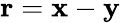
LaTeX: \mathbf{r}=\mathbf{x}-\mathbf{y}